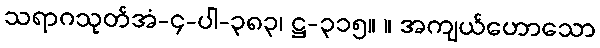
သရာဂသုတ်အံ-၄-ပါ-၃၈၃၊ ဋ္ဌ-၃၁၅။ ။ အကျယ်ဟောသော